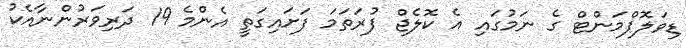
ޑިވަލޮޕްމަންޓް ގެ ނަމުގައި އެ ކޮލެޖް ފުރަތަމަ ފަށައިގަތީ އެންމެ 19 ދަރިވަރުންނާއެކު